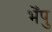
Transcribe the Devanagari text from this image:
भेँपु